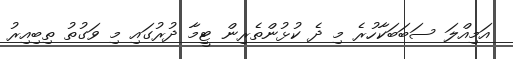
އަމިއްލަ ސަބަބަކާހުރެ މި ދެ ކުޅުންތެރިން ޓީމާ ދުރުގައި މި ވަގުތު ތިބިއިރު